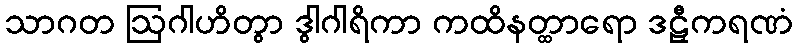
သာဂတ ဩဂါဟိတွာ ဒွါဂါရိကာ ကထိနတ္ထာရော ဒဠှီကရဏံ